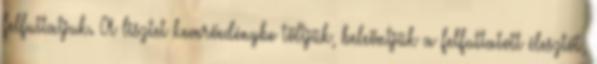
felfuttatjuk. A lisztet keverőedénybe töltjük, beleöntjük a felfuttatott élesztőt,